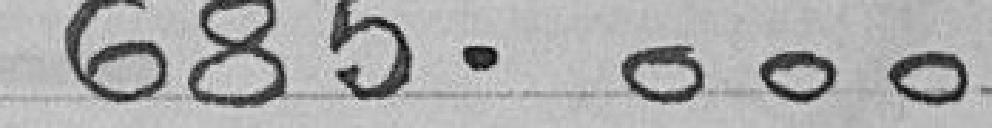
685.000